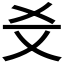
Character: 𤕜